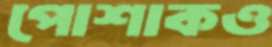
পোশাকও